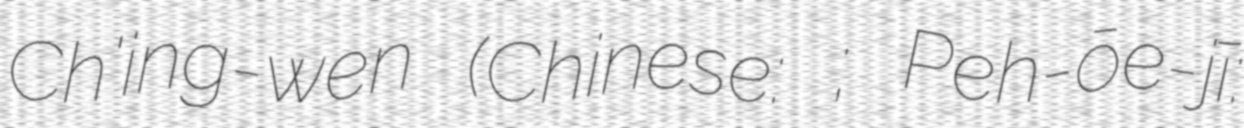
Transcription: Ch'ing-wen (Chinese: 鄭清文; Pe̍h-ōe-jī: